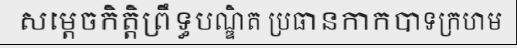
សម្តេចកិត្តិព្រឹទ្ធបណ្ឌិត ប្រធានកាកបាទក្រហម